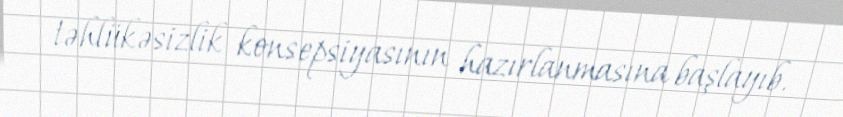
təhlükəsizlik konsepsiyasının hazırlanmasına başlayıb.